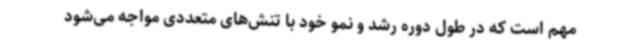
مهم است که در طول دوره رشد و نمو خود با تنش‌های متعددی مواجه می‌شود